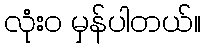
လုံးဝ မှန်ပါတယ်။